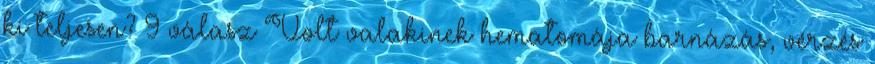
ki teljesen? 9 válasz Volt valakinek hematomája barnázás, vérzés